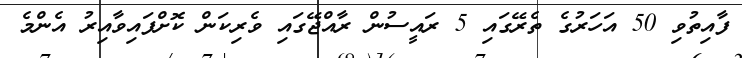
ފާއިތުވި 50 އަހަރުގެ ތެރޭގައި 5 ރައީސުން ރާއްޖޭގައި ވެރިކަން ކޮށްފައިވާއިރު އެންމެ